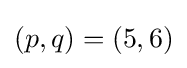
(p,q)=(5,6)